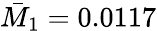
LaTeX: \bar{M}_{1}=0.0117